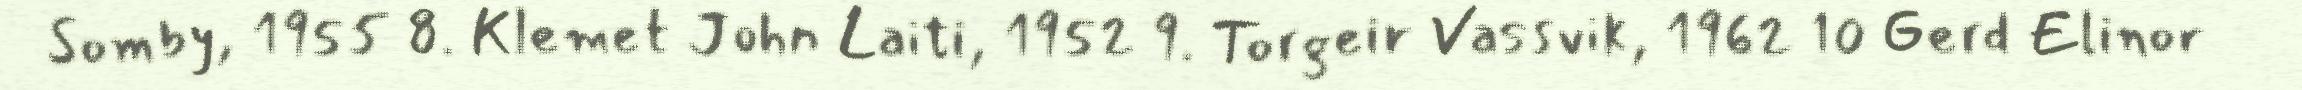
Somby, 1955 8. Klemet John Laiti, 1952 9. Torgeir Vassvik, 1962 10 Gerd Elinor